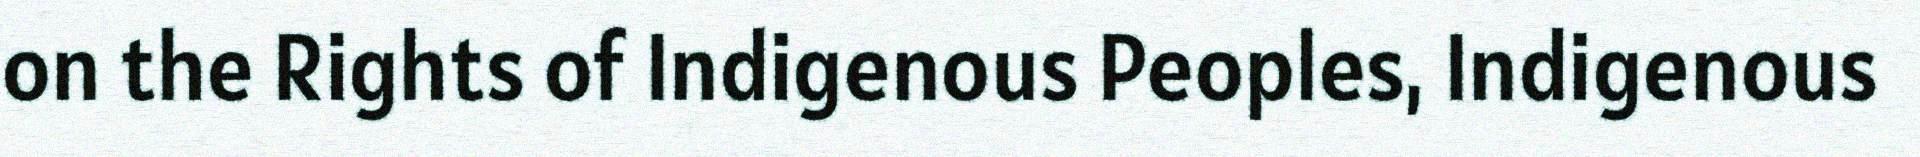
on the Rights of Indigenous Peoples, Indigenous